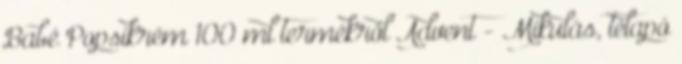
Babé Popsikrém 100 ml termékről Advent - Mikulás, télapó